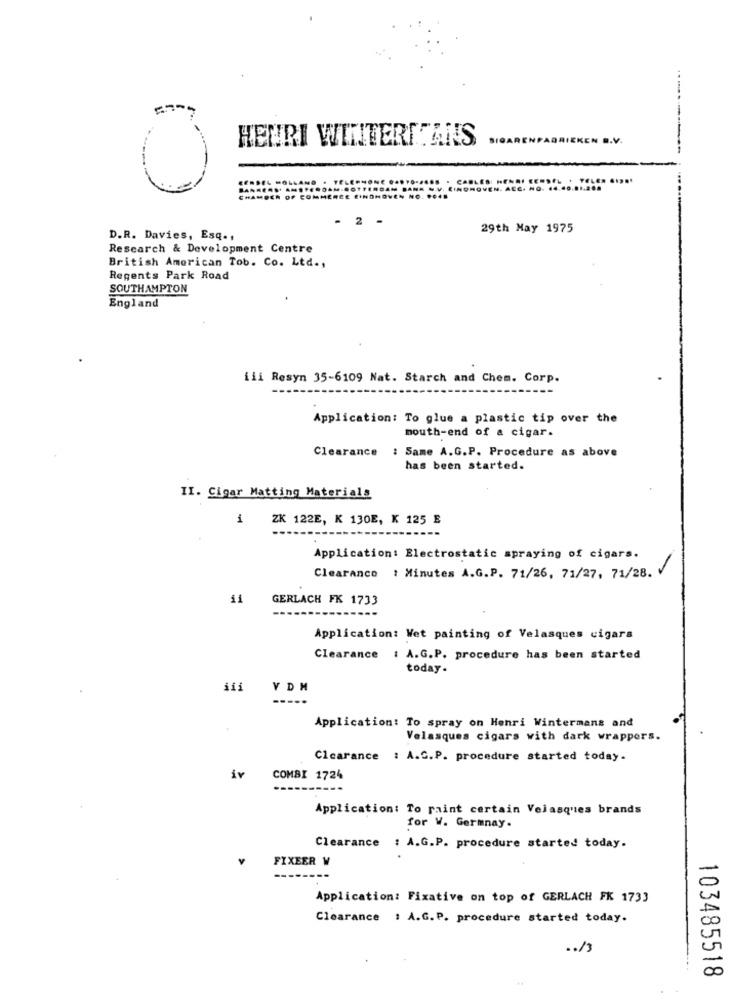
HENRI WINTERITANS
.v.
- 2 -
29th May 1975
D.R. Davies, Esq .,
Research & Development Centre
British American Tob. Co. Ltd .,
Regents Park Road
SOUTHAMPTON
England
iii Resyn 35-6109 Nat. Starch and Chem. Corp.
Application: To glue a plastic tip over the
mouth-end of a cigar.
Clearance
: Same A.G.P. Procedure as above
has been started.
II. Cigar Matting Materials
1
ZK 122E, K 130E, K 125 E
Application: Electrostatic spraying of cigars.
Clearance : Minutes A.G.P. 71/26, 71/27, 71/28. V
11
GERLACH FK 1733
Application: Wet painting of Velasques cigars
Clearance : A.G.P. procedure has been started
today.
Application: To spray on Henri Wintermans and
Velasques cigars with dark wrappers.
Clearance : A.C.P. procedure started today.
iv
COMBI 1724
Application: To paint certain Velasques brands
for V. Germnay.
Clearance : A.G.P. procedure started today.
FIXEER W
-
Application: Fixative on top of GERLACH FK 1733
Clearance : A.G.P. procedure started today.
.. /3
00
103485518